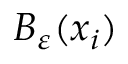
B _ { \varepsilon } ( x _ { i } )